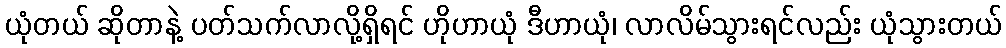
ယုံတယ် ဆိုတာနဲ့ ပတ်သက်လာလို့ရှိရင် ဟိုဟာယုံ ဒီဟာယုံ၊ လာလိမ်သွားရင်လည်း ယုံသွားတယ်